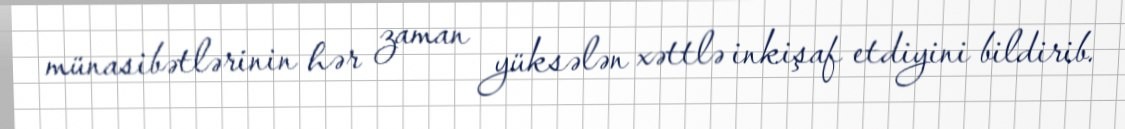
münasibətlərinin hər zaman yüksələn xəttlə inkişaf etdiyini bildirib.